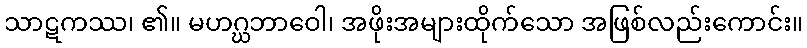
သာဋကဿ၊ ၏။ မဟဂ္ဃဘာဝေါ၊ အဖိုးအများထိုက်သော အဖြစ်လည်းကောင်း။